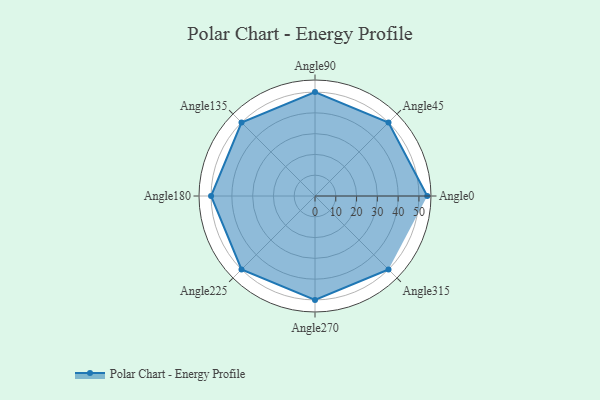
{"axis": {"x": "Angle", "y": "Radius"}, "legend": [""], "data": [{"x": "Angle0", "y": 54.0, "type": ""}, {"x": "Angle45", "y": 50, "type": ""}, {"x": "Angle90", "y": 50, "type": ""}, {"x": "Angle135", "y": 50, "type": ""}, {"x": "Angle180", "y": 50, "type": ""}, {"x": "Angle225", "y": 50, "type": ""}, {"x": "Angle270", "y": 50, "type": ""}, {"x": "Angle315", "y": 50, "type": ""}]}